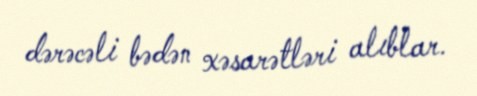
dərəcəli bədən xəsarətləri alıblar.